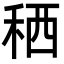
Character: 䄽